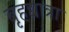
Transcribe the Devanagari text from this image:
बृहद्यात्रा